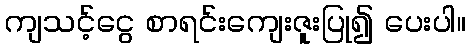
ကျသင့်ငွေ စာရင်းကျေးဇူးပြု၍ ပေးပါ။